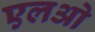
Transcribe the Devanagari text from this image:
एलओ